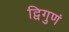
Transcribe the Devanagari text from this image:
द्विगुणं